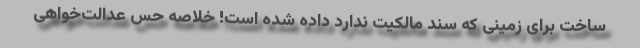
ساخت برای زمینی که سند مالکیت ندارد داده شده است! خلاصه حس عدالت‌خواهی